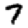
Digit: 7